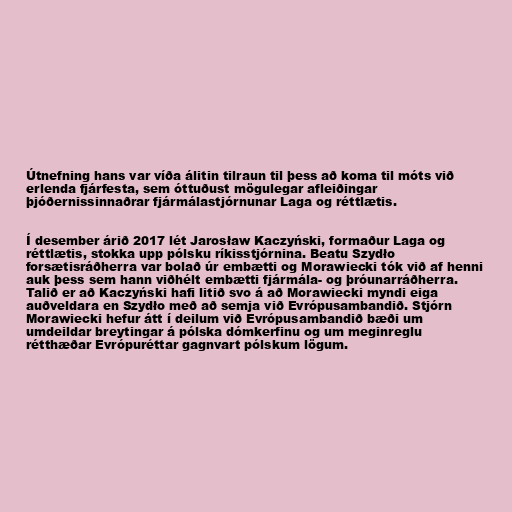
Útnefning hans var víða álitin tilraun til þess að koma til móts við
erlenda fjárfesta, sem óttuðust mögulegar afleiðingar
þjóðernissinnaðrar fjármálastjórnunar Laga og réttlætis.

Í desember árið 2017 lét Jarosław Kaczyński, formaður Laga og
réttlætis, stokka upp pólsku ríkisstjórnina. Beatu Szydło
forsætisráðherra var bolað úr embætti og Morawiecki tók við af henni
auk þess sem hann viðhélt embætti fjármála- og þróunarráðherra.
Talið er að Kaczyński hafi litið svo á að Morawiecki myndi eiga
auðveldara en Szydło með að semja við Evrópusambandið. Stjórn
Morawiecki hefur átt í deilum við Evrópusambandið bæði um
umdeildar breytingar á pólska dómkerfinu og um meginreglu
rétthæðar Evrópuréttar gagnvart pólskum lögum.